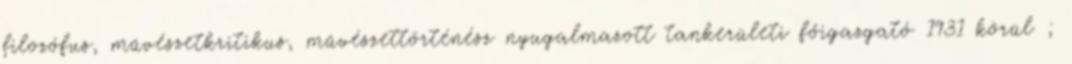
filozófus, művészetkritikus, művészettörténész nyugalmazott tankerületi főigazgató 1931 körül ;